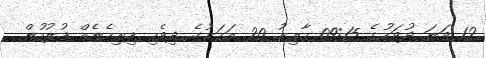
12 ވަނަ ދުވަހުގެ 09:15 ހާއިރު 20 އަހަރުގެ ދިވެހި ފިރިހެނެއް ފުލުހުން